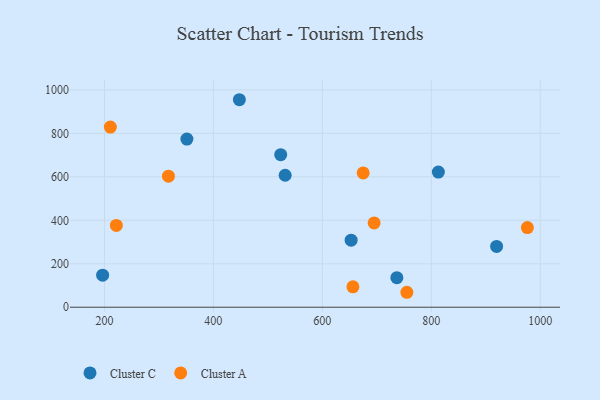
{"axis": {"x": "Study Hours", "y": "Rating"}, "legend": ["Cluster A", "Cluster C"], "data": [{"x": "351.4", "y": 773.9, "type": "Cluster C"}, {"x": "652.9", "y": 308.5, "type": "Cluster C"}, {"x": "447.7", "y": 954.9, "type": "Cluster C"}, {"x": "196.7", "y": 147.4, "type": "Cluster C"}, {"x": "523.6", "y": 702.2, "type": "Cluster C"}, {"x": "813.0", "y": 622.0, "type": "Cluster C"}, {"x": "736.8", "y": 135.9, "type": "Cluster C"}, {"x": "531.8", "y": 607.3, "type": "Cluster C"}, {"x": "919.9", "y": 279.7, "type": "Cluster C"}, {"x": "210.9", "y": 828.9, "type": "Cluster A"}, {"x": "317.5", "y": 603.0, "type": "Cluster A"}, {"x": "656.2", "y": 93.7, "type": "Cluster A"}, {"x": "675.0", "y": 618.1, "type": "Cluster A"}, {"x": "755.2", "y": 68.8, "type": "Cluster A"}, {"x": "221.9", "y": 376.4, "type": "Cluster A"}, {"x": "695.1", "y": 388.0, "type": "Cluster A"}, {"x": "976.4", "y": 366.4, "type": "Cluster A"}]}